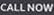
CALL NOW